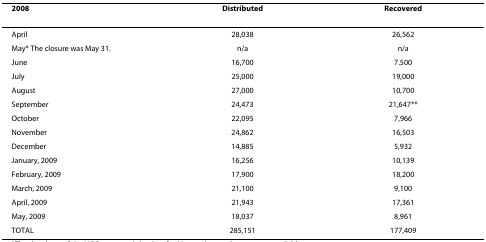
<table><thead><tr><td><b>2008</b></td><td><b>Distributed</b></td><td><b>Recovered</b></td></tr></thead><tbody><tr><td>April</td><td>28,038</td><td>26,562</td></tr><tr><td>May* The closure was May 31.</td><td>n/a</td><td>n/a</td></tr><tr><td>June</td><td>16,700</td><td>7.500</td></tr><tr><td>July</td><td>25,000</td><td>19,000</td></tr><tr><td>August</td><td>27,000</td><td>10,700</td></tr><tr><td>September</td><td>24,473</td><td>21,647**</td></tr><tr><td>October</td><td>22,095</td><td>7,966</td></tr><tr><td>November</td><td>24,862</td><td>16,503</td></tr><tr><td>December</td><td>14,885</td><td>5,932</td></tr><tr><td>January, 2009</td><td>16,256</td><td>10,139</td></tr><tr><td>February, 2009</td><td>17,900</td><td>18,200</td></tr><tr><td>March, 2009</td><td>21,100</td><td>9,100</td></tr><tr><td>April, 2009</td><td>21,943</td><td>17,361</td></tr><tr><td>May, 2009</td><td>18,037</td><td>8,961</td></tr><tr><td>TOTAL</td><td>285,151</td><td>177,409</td></tr></tbody></table>